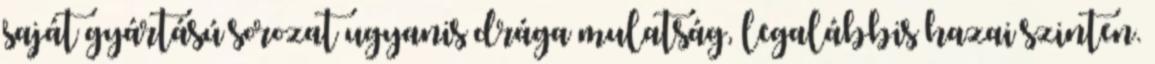
saját gyártású sorozat ugyanis drága mulatság, legalábbis hazai szinten.